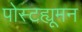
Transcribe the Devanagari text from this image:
पोस्टह्यूमन